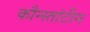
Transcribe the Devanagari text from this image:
कौन्स्तांटीन